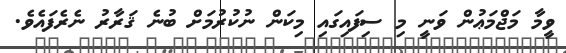
ވީމާ މަޖްމަޢުން ވަނީ މި ސިފައިގައި މިކަން ނުކުރުމަށް ބުނެ ޤަރާރު ނެރެފައެވެ.